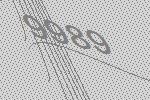
9989